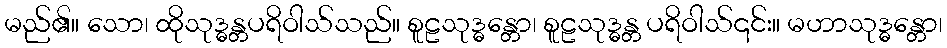
မည်၏။ သော၊ ထိုသုဒ္ဓန္တပရိဝါသ်သည်။ စူဠသုဒ္ဓန္တော၊ စူဠသုဒ္ဓန္တ ပရိဝါသ်၎င်း။ မဟာသုဒ္ဓန္တော၊